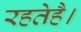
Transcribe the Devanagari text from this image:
रहतेहै।